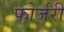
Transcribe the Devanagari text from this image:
फोर्जरी